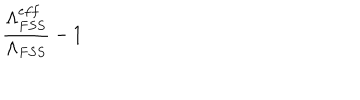
\frac { \Lambda _ { F S S } ^ { e f f } } { \Lambda _ { F S S } } - 1